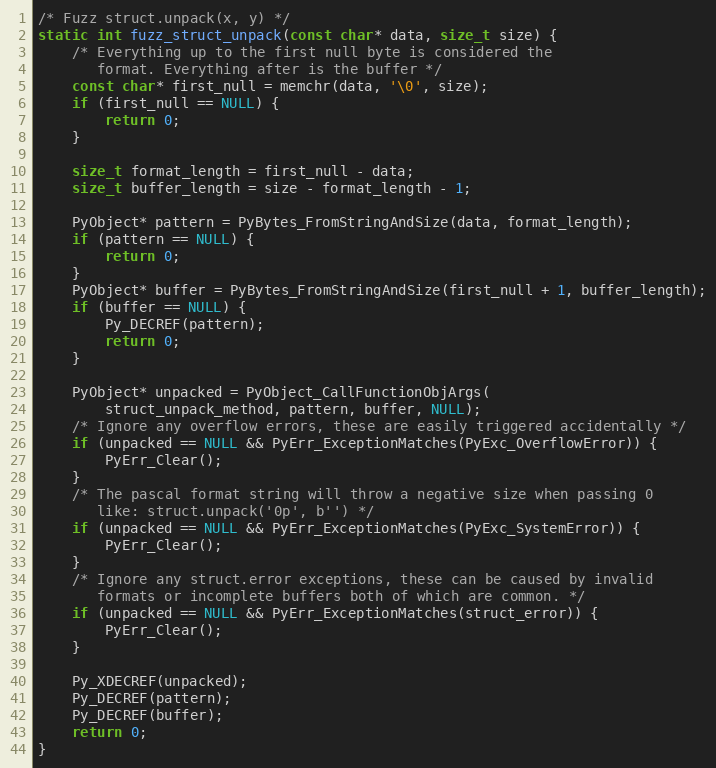
Language: C
/* Fuzz struct.unpack(x, y) */
static int fuzz_struct_unpack(const char* data, size_t size) {
    /* Everything up to the first null byte is considered the
       format. Everything after is the buffer */
    const char* first_null = memchr(data, '\0', size);
    if (first_null == NULL) {
        return 0;
    }

    size_t format_length = first_null - data;
    size_t buffer_length = size - format_length - 1;

    PyObject* pattern = PyBytes_FromStringAndSize(data, format_length);
    if (pattern == NULL) {
        return 0;
    }
    PyObject* buffer = PyBytes_FromStringAndSize(first_null + 1, buffer_length);
    if (buffer == NULL) {
        Py_DECREF(pattern);
        return 0;
    }

    PyObject* unpacked = PyObject_CallFunctionObjArgs(
        struct_unpack_method, pattern, buffer, NULL);
    /* Ignore any overflow errors, these are easily triggered accidentally */
    if (unpacked == NULL && PyErr_ExceptionMatches(PyExc_OverflowError)) {
        PyErr_Clear();
    }
    /* The pascal format string will throw a negative size when passing 0
       like: struct.unpack('0p', b'') */
    if (unpacked == NULL && PyErr_ExceptionMatches(PyExc_SystemError)) {
        PyErr_Clear();
    }
    /* Ignore any struct.error exceptions, these can be caused by invalid
       formats or incomplete buffers both of which are common. */
    if (unpacked == NULL && PyErr_ExceptionMatches(struct_error)) {
        PyErr_Clear();
    }

    Py_XDECREF(unpacked);
    Py_DECREF(pattern);
    Py_DECREF(buffer);
    return 0;
}